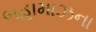
બહામાઝના